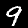
Label: 9